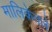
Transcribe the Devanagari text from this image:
मालिकेतले